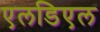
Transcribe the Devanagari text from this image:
एलडिएल